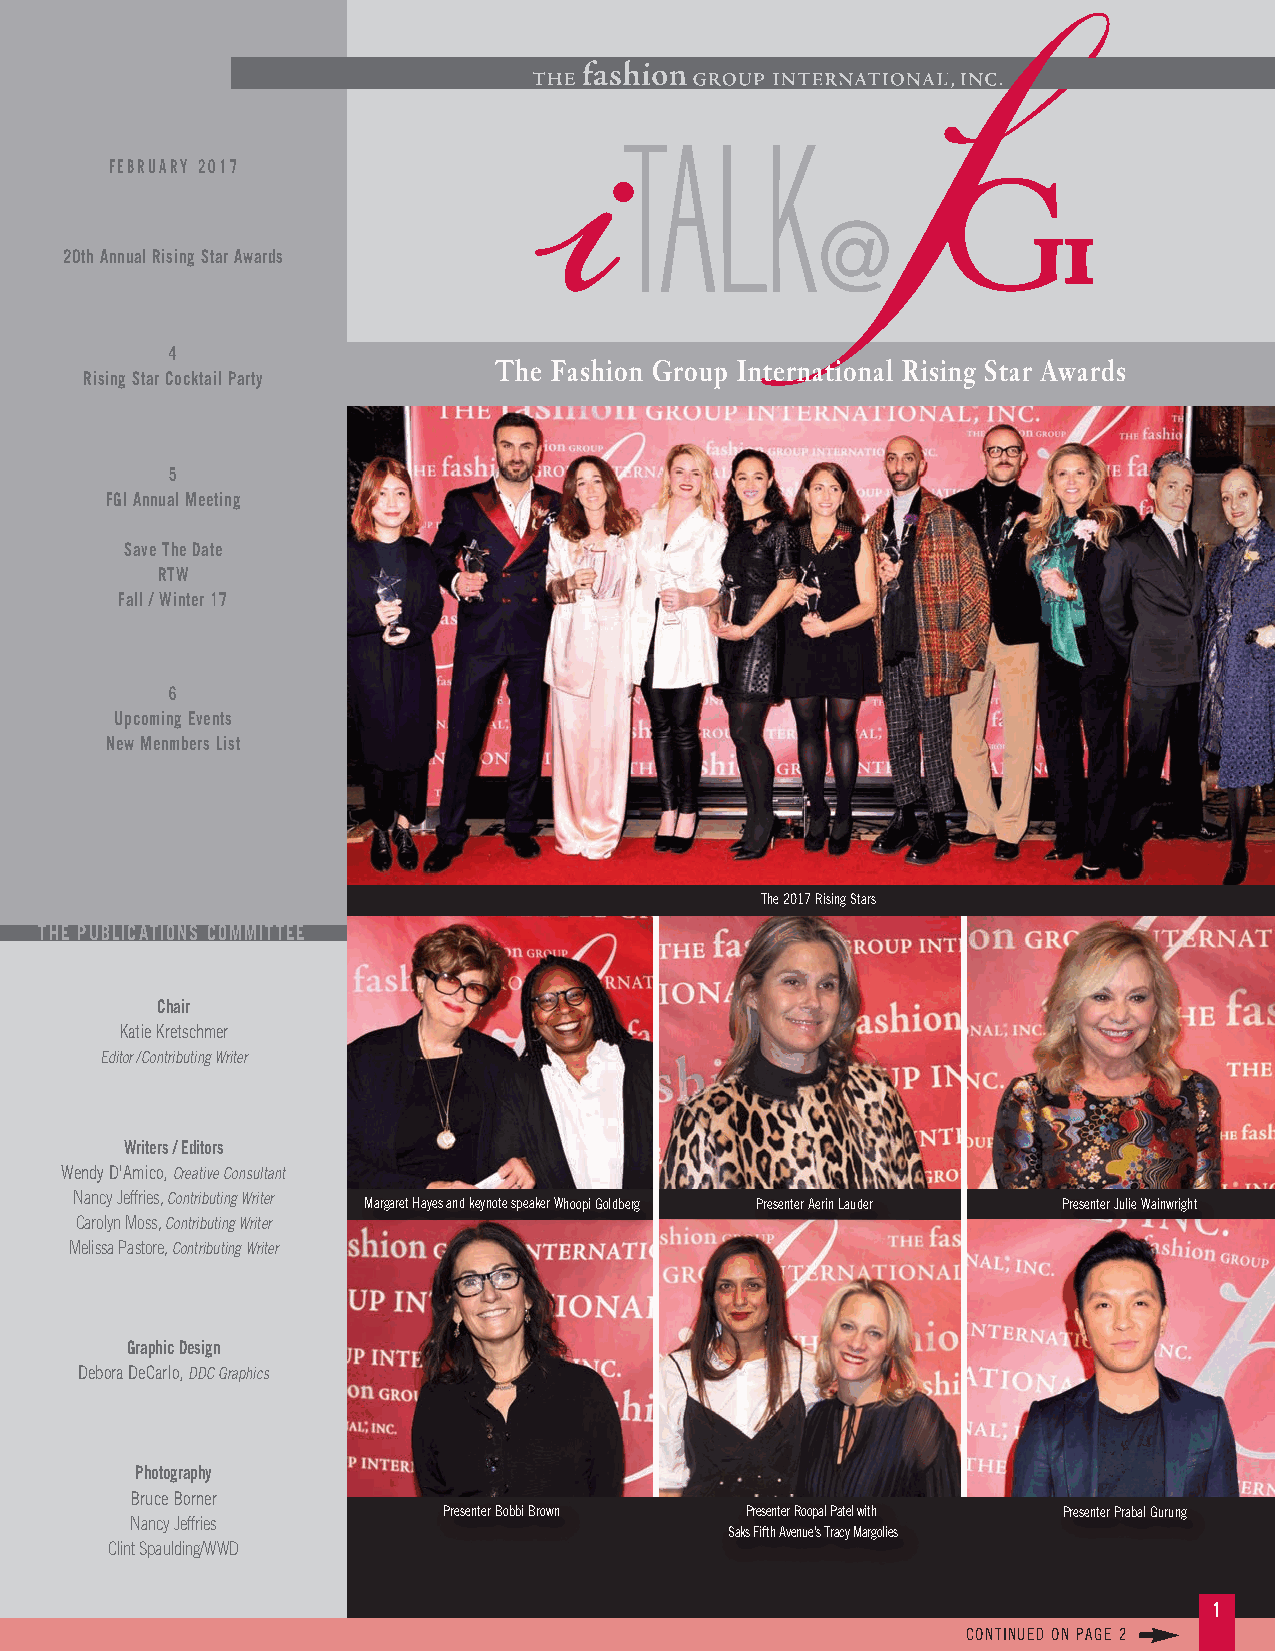
.
 FEBRUARY 2017
 20th Annual Rising Star Awards
 4
 The Fashion Group International Rising Star Awards
 Rising Star Cocktail Party
 5
 FGI Annual Meeting
 Save The Date
 RTW
 Fall / Winter 17
 6
 Upcoming Events
 New Menmbers List
 The 2017 Rising Stars
 THE PUBLICATIONS COMMITTEE
 Chair
 Katie Kretschmer
 Editor/Contributing Writer
 Writers / Editors
 Wendy D'Amico, Creative Consultant
 Nancy Jeffries, Contributing Writer Margaret Hayes and keynote speaker Whoopi Goldberg Presenter Aerin Lauder Presenter Julie Wainwright
 Carolyn Moss, Contributing Writer
 Melissa Pastore, Contributing Writer
 Graphic Design
 Debora DeCarlo, DDC Graphics
 Photography
 Bruce Borner
 Presenter Bobbi Brown Presenter Roopal Patel with Presenter Prabal Gurung
 Nancy Jeffries
 Saks Fifth Avenue's Tracy Margolies
 Clint Spaulding/WWD
 1
 CONTINUED ON PAGE 2